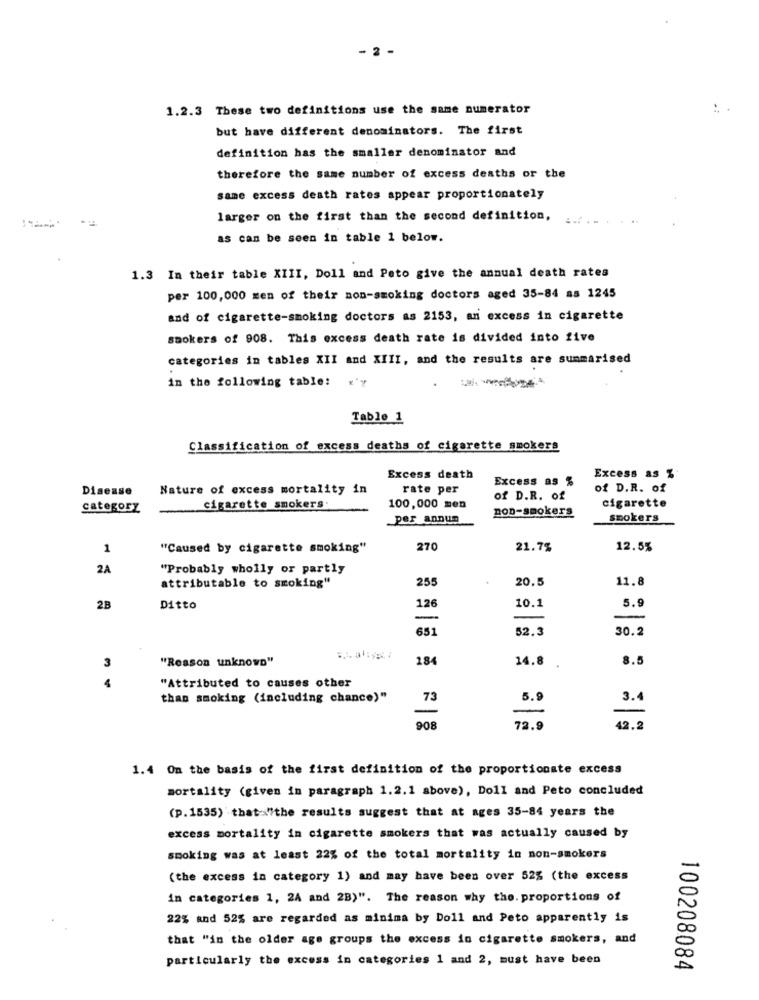
2 -
1.2.3 These two definitions use the same numerator
but have different denominators. The first
definition has the smaller denominator and
therefore the same number of excess deaths or the
same excess death rates appear proportionately
larger on the first than the second definition,
as can be seen in table 1 below.
1.3 In their table XIII, Doll and Peto give the annual death rates
per 100,000 men of their non-smoking doctors aged 35-84 as 1245
and of cigarette-smoking doctors as 2153, an excess in cigarette
smokers of 908. This excess death rate is divided into five
categories in tables XII and XIII, and the results are summarised
in the following table:
Table 1
Classification of excess deaths of cigarette smokers
Excess death
Excess as %
Excess as %
Disease
Nature of excess mortality in
rate per
of D.R. of
of D.R. of
category
cigarette smokers.
100,000 men
non-smokers
cigarette
per annum
smokers
1
"Caused by cigarette smoking"
270
21.7%
12.5%
2A
"Probably wholly or partly
255
20.5
11.8
attributable to smoking"
126
10.1
5.9
2B
Ditto
-
651
52.3
30.2
"Reason unknown"
184
14.8
8.5
3
.
"Attributed to causes other
than smoking (including chance)"
73
5.9
3.4
908
72.9
42.2
1.4 On the basis of the first definition of the proportionate excess
mortality (given in paragraph 1.2.1 above), Doll and Peto concluded
(p.1535) that "the results suggest that at ages 35-84 years the
excess mortality in cigarette smokers that was actually caused by
smoking was at least 22% of the total mortality in non-smokers
(the excess in category 1) and may have been over 52% (the excess
in categories 1, 24 and 2B)". The reason why the. proportions of
22% and 52% are regarded as minima by Doll and Peto apparently is
that "in the older age groups the excess in cigarette smokers, and
particularly the excess in categories 1 and 2, must have been
100208084